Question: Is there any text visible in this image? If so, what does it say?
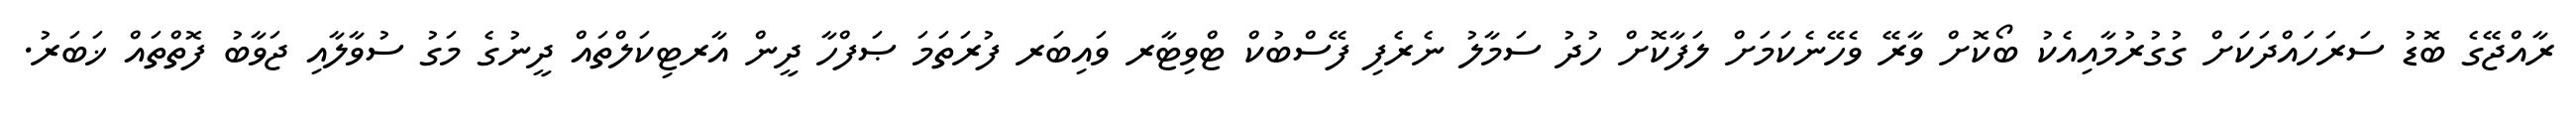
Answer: ރާއްޖޭގެ ބޮޑު ސަރަހައްދަކަށް ގުގުރުމާއިއެކު ބޯކޮށް ވާރޭ ވެހޭނެކަމަށް ލަފާކޮށް ހުދު ސަމާލު ނެރެފި ފޭސްބުކް ޓްވިޓާރ ވައިބަރ ފުރަތަމަ ޞަފްހާ ދީން އާރޓިކަލްތައް ދީނުގެ މަގު ސުވާލާއި ޖަވާބު ފޮތްތައް ޚަބަރު.